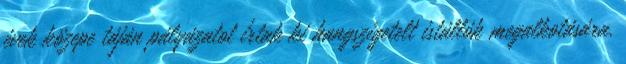
évek közepe táján pályázatot írtak ki hangszigetelt istállók megalkotására.